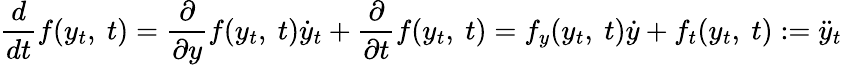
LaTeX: {\frac{d}{dt}}f(y_{t},\ t)={\frac{\partial}{\partial y}}f(y_{t},\ t){\dot{y}}_{t}+{\frac{\partial}{\partial t}}f(y_{t},\ t)=f_{y}(y_{t},\ t){\dot{y}}+f_{t}(y_{t},\ t):={\ddot{y}}_{t}